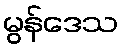
မွန်ဒေသ